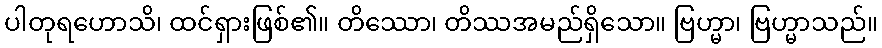
ပါတုရဟောသိ၊ ထင်ရှားဖြစ်၏။ တိဿော၊ တိဿအမည်ရှိသော။ ဗြဟ္မာ၊ ဗြဟ္မာသည်။